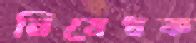
নিষেধক